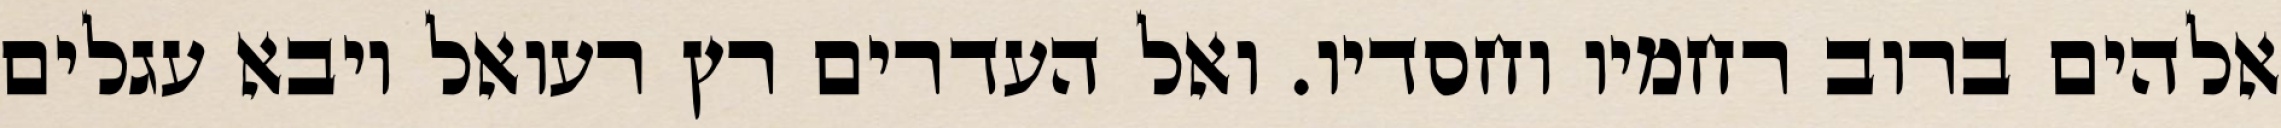
אלהים ברוב רחמיו וחסדיו. ואל העדרים רץ רעואל ויבא עגלים